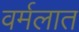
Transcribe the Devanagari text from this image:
वर्मलात